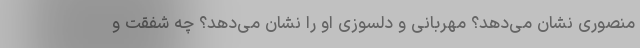
منصوری نشان می‌دهد؟ مهربانی و دلسوزی او را نشان می‌دهد؟ چه شفقت و